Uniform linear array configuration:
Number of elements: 32
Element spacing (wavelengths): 0.25
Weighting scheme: hamming
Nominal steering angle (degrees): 45
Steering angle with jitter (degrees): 45.727
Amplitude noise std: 0.05
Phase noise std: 0.05

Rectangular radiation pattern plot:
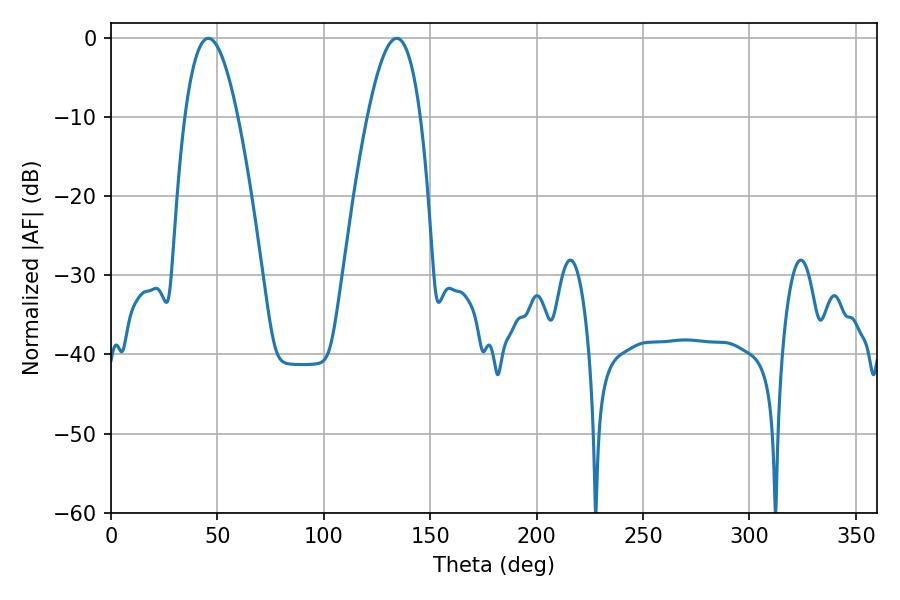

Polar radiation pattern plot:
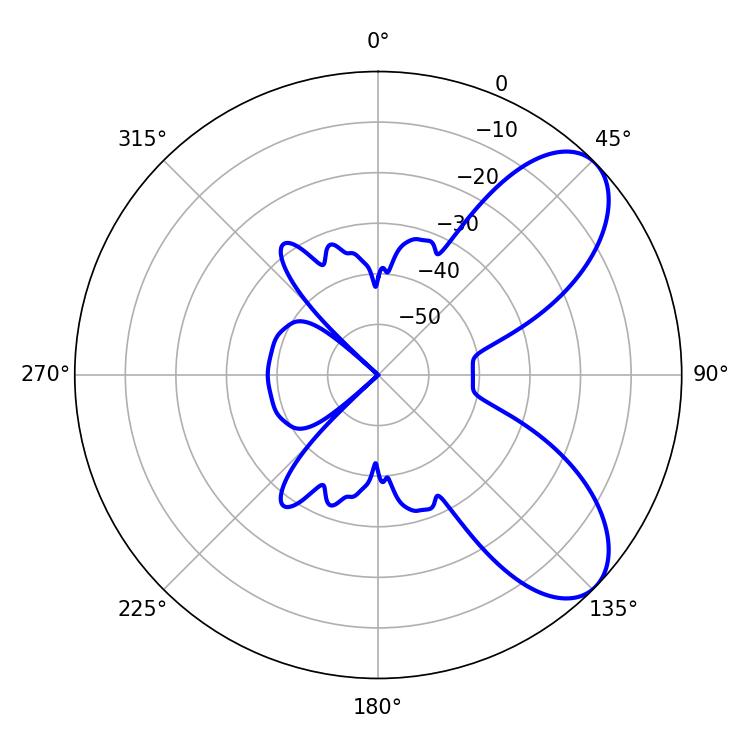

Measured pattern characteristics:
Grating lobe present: FALSE
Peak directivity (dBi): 7.333
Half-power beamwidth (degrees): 13.5
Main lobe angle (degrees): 45.72